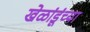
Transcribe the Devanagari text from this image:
खेळांडूंच्या